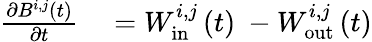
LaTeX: \begin{array}{rl}{\frac{\mathrm{\partial}B^{i,j}(t)}{\mathrm{\partial}t}}&{{}=W_{\mathrm{in}}^{i,j}\left(t\right)\ -W_{\mathrm{out}}^{i,j}\left(t\right)}\end{array}